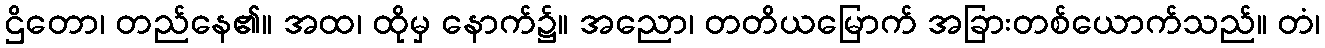
ဌိတော၊ တည်နေ၏။ အထ၊ ထိုမှ နောက်၌။ အညော၊ တတိယမြောက် အခြားတစ်ယောက်သည်။ တံ၊